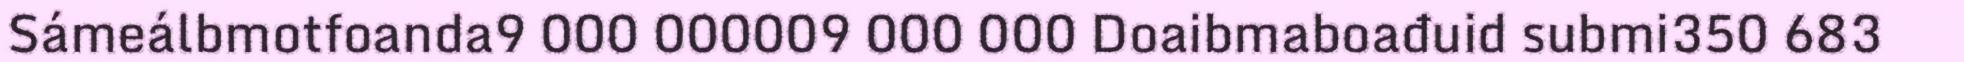
Sámeálbmotfoanda9 000 000009 000 000 Doaibmaboađuid submi350 683